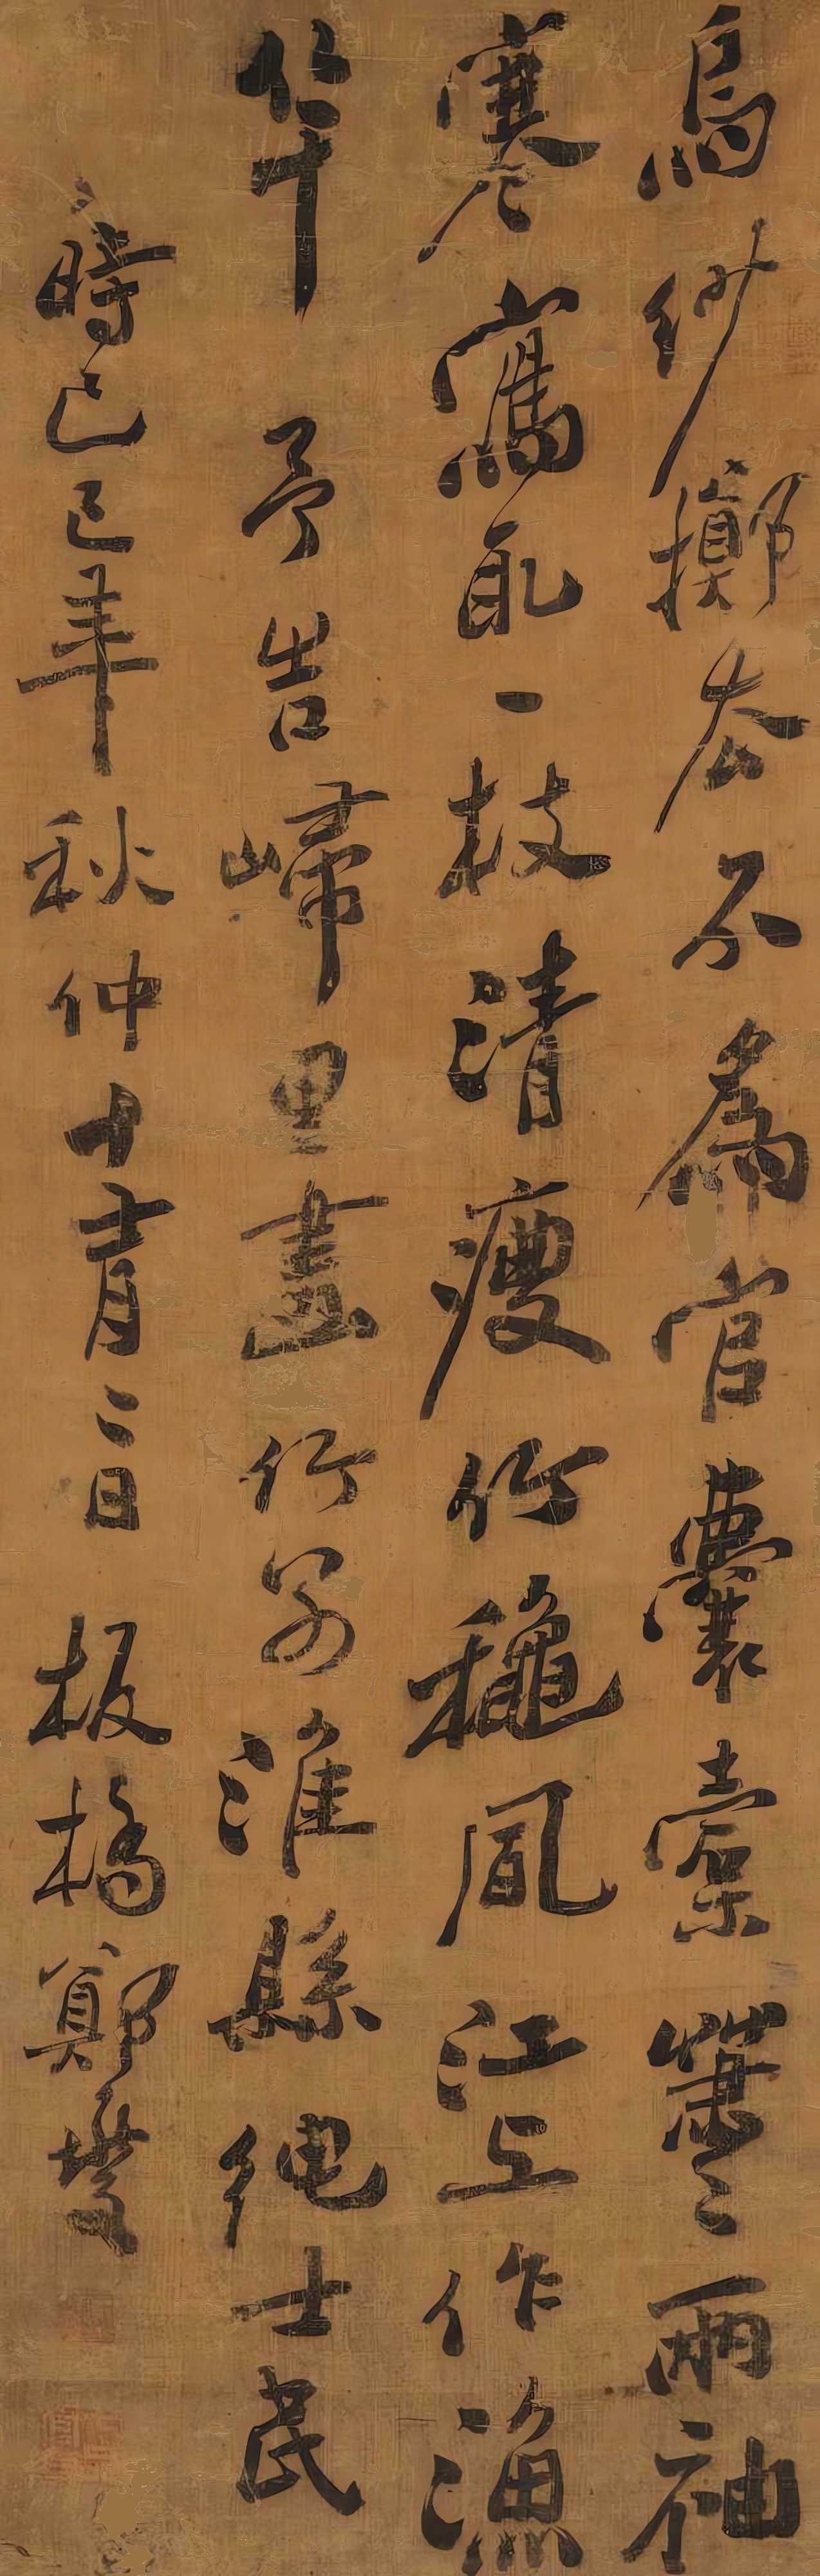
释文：乌纱掷去不为官，囊橐萧萧两袖寒。写取一枝清瘦竹，秋风江上作渔竿。予告归田画竹别潍县绅士民，时己巳年秋仲十有二日，板桥郑燮。